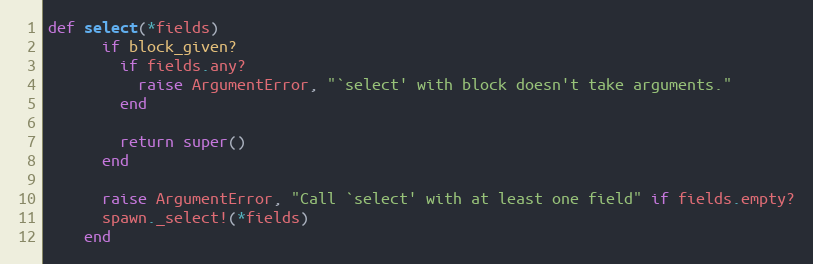
Language: Ruby
def select(*fields)
      if block_given?
        if fields.any?
          raise ArgumentError, "`select' with block doesn't take arguments."
        end

        return super()
      end

      raise ArgumentError, "Call `select' with at least one field" if fields.empty?
      spawn._select!(*fields)
    end